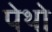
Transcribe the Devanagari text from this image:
पेथो